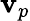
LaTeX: \boldsymbol{\mathbf{v}}_{p}